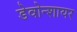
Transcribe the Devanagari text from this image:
डेवोन्शायर